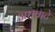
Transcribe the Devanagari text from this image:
अधवाटे